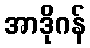
အာဒိုဂန်